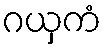
ဂယှကံ